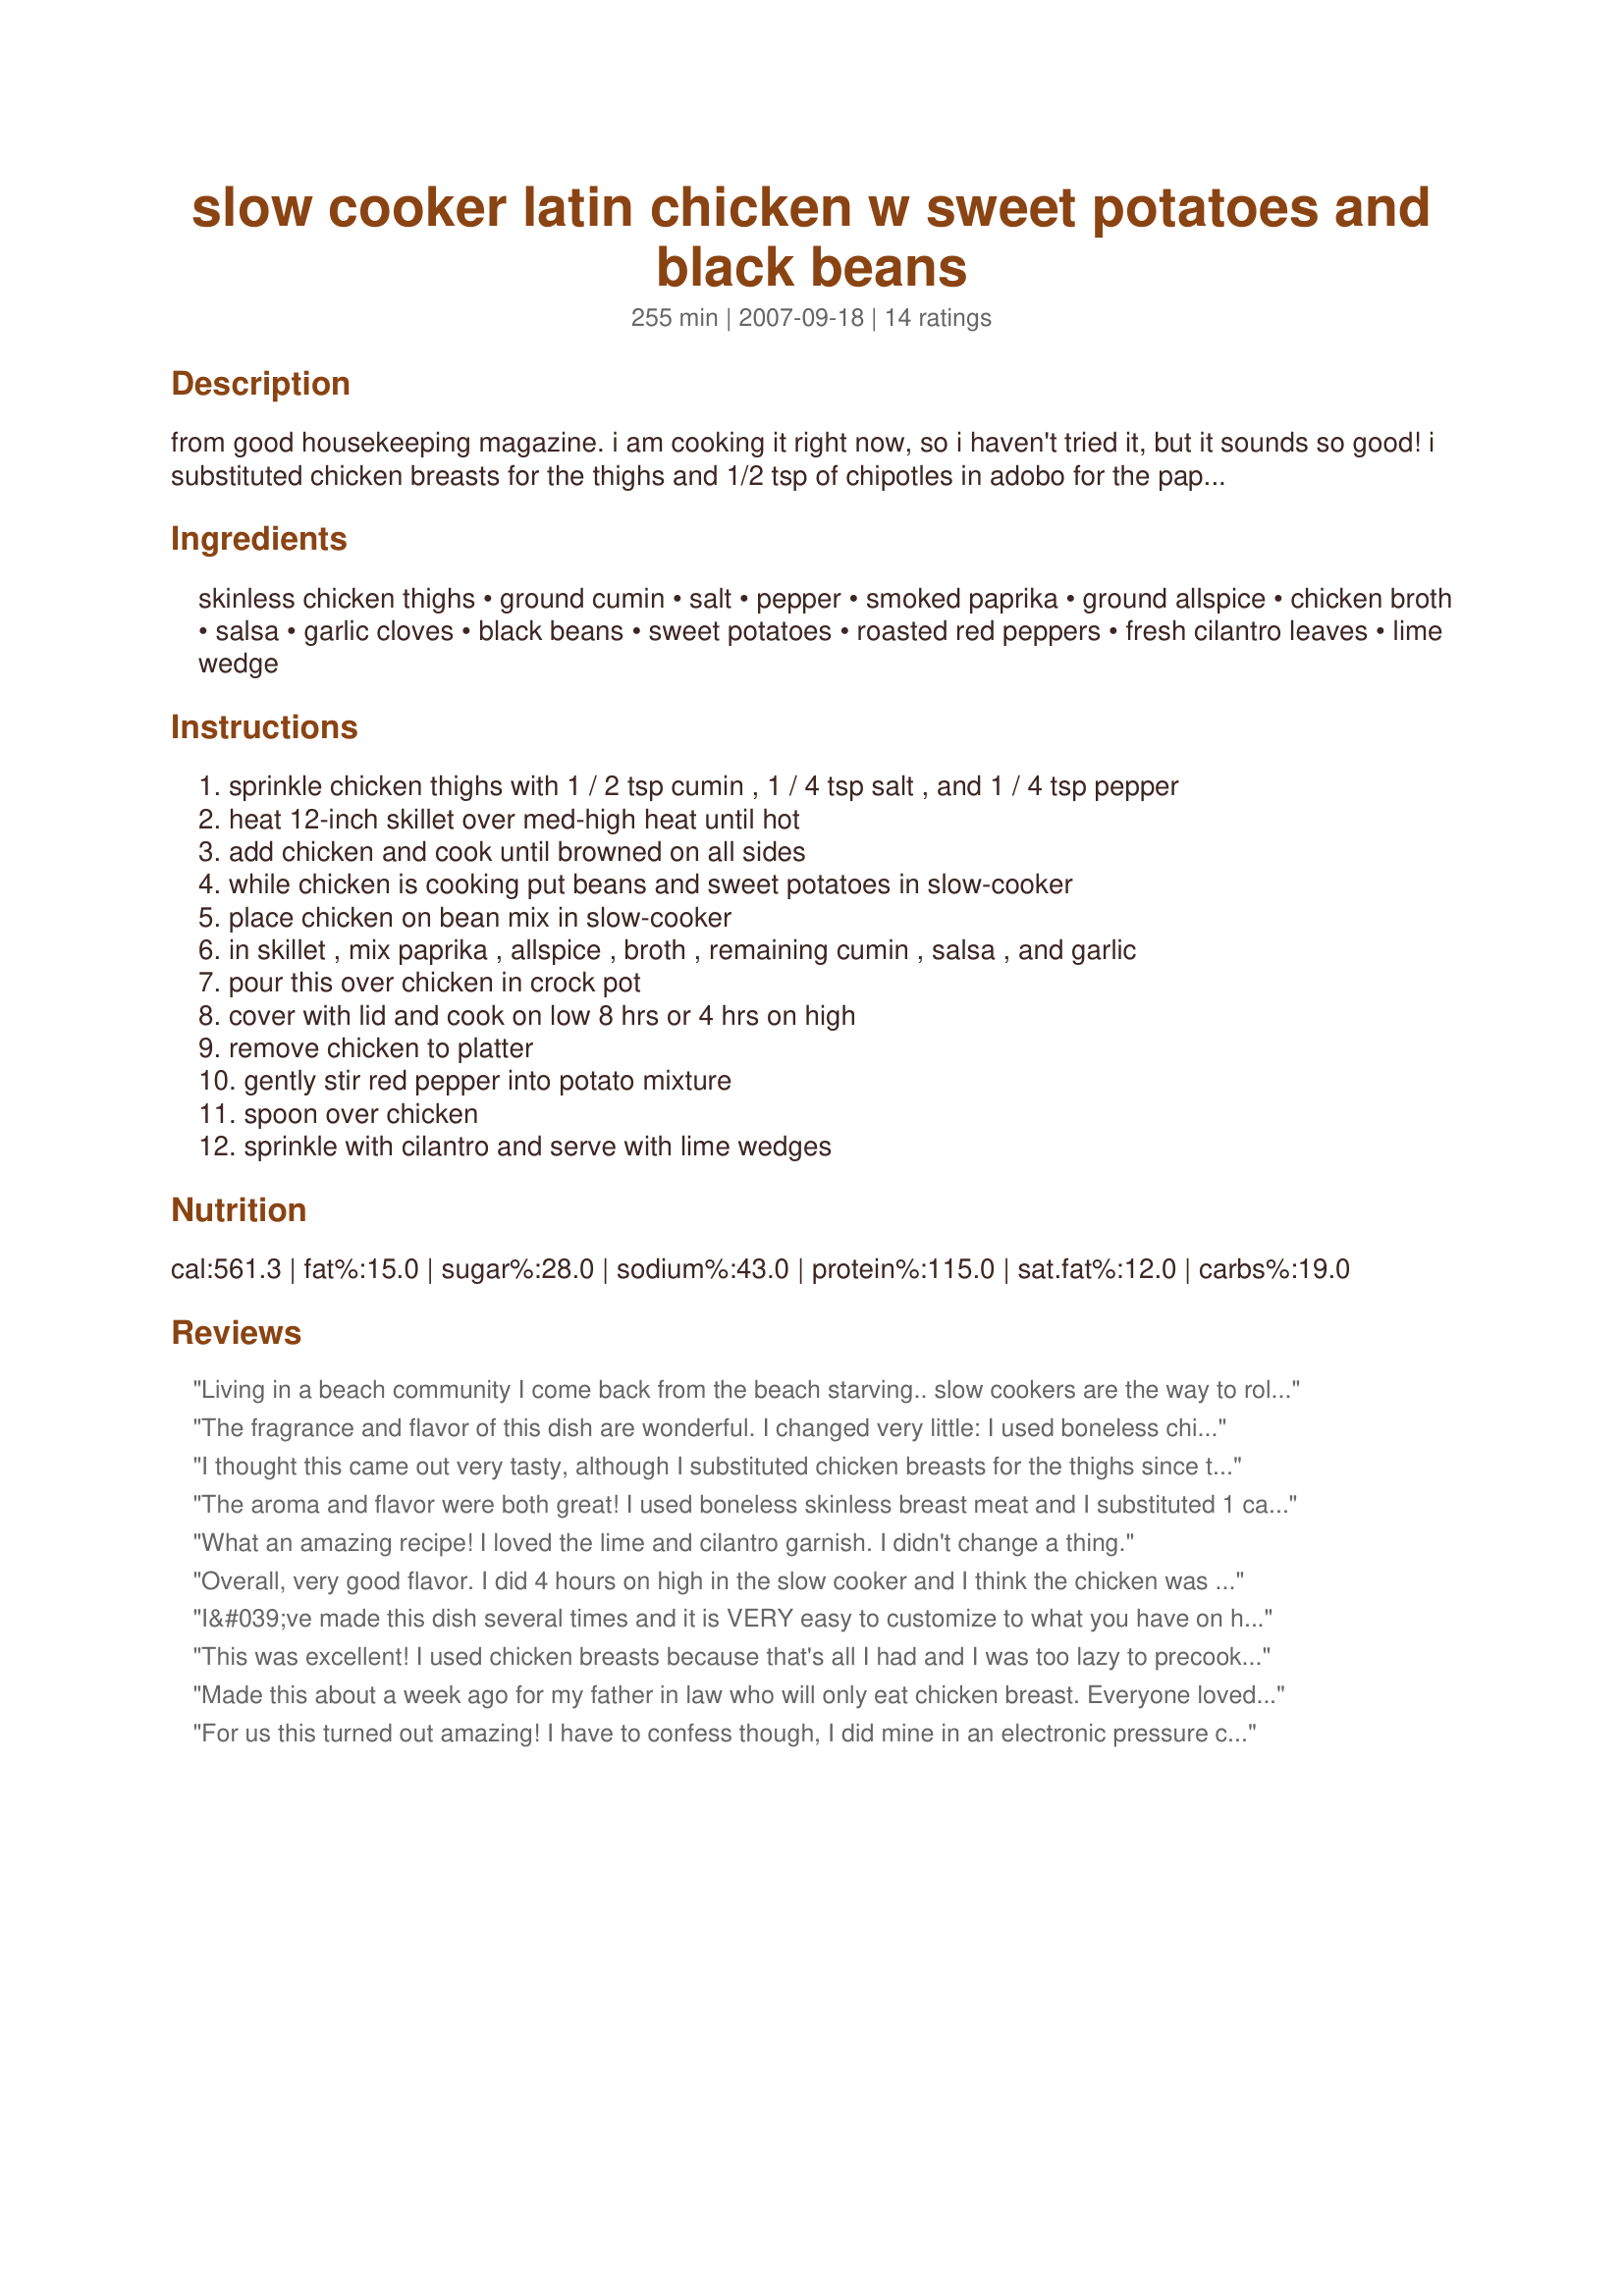
slow cooker latin chicken w sweet potatoes and black beans
Preparation time: 255 minutes

from good housekeeping magazine. i am cooking it right now, so i haven't tried it, but it sounds so good! i substituted chicken breasts for the thighs and 1/2 tsp of chipotles in adobo for the paprika.

Ingredients:
skinless chicken thighs, ground cumin, salt, pepper, smoked paprika, ground allspice, chicken broth, salsa, garlic cloves, black beans, sweet potatoes, roasted red peppers, fresh cilantro leaves, lime wedge

Steps:
sprinkle chicken thighs with 1 / 2 tsp cumin , 1 / 4 tsp salt , and 1 / 4 tsp pepper
heat 12-inch skillet over med-high heat until hot
add chicken and cook until browned on all sides
while chicken is cooking put beans and sweet potatoes in slow-cooker
place chicken on bean mix in slow-cooker
in skillet , mix paprika , allspice , broth , remaining cumin , salsa , and garlic
pour this over chicken in crock pot
cover with lid and cook on low 8 hrs or 4 hrs on high
remove chicken to platter
gently stir red pepper into potato mixture
spoon over chicken
sprinkle with cilantro and serve with lime wedges

Reviews:
Living in a beach community I come back from the beach starving.. slow cookers are the way to roll with a family........this was easy to prepare and the flavor was amazing!!! I recommend this anyone who loves great flavor and ease...
The fragrance and flavor of this dish are wonderful. I changed very little: I used boneless chicken thighs and used McCormick Smoky Sweet Pepper Seasoning Blend for the smoked paprika. I have cooked sweet potatoes in the crockpot before, so I cut the potatoes larger than bite-size, so they wouldn't go mushy. Everything was cooked tender in 4 hours on high. I'm thinking that next time, I'll simply stir in the whole 1/3 cup cilantro just before serving; and I might omit sweet potatoes altogether, add another can of black beans, and serve with rice, more salsa and hot sauce! As is, a very flavorful and enjoyable dish. Made for PAC Spring 2008. Thanks for posting, Chef Romie!
I thought this came out very tasty, although I substituted chicken breasts for the thighs since that' s what I had on hand, and I skipped the salsa. I thought the black beans and sweet potatoes paired really well together but not sure about the roasted red peppers; you could probably go without it and it would be just as good. The chicken was great, falling off the bone tender.
The aroma and flavor were both great! I used boneless skinless breast meat and I substituted 1 can of diced tomatoes in place of the salsa so my husband could eat it too. We both loved it! (I stirred in some salsa in my dish.) This recipe is a keeper for sure!
What an amazing recipe! I loved the lime and cilantro garnish. I didn't change a thing.
Overall, very good flavor. I did 4 hours on high in the slow cooker and I think the chicken was a bit overdone. I plan to start checking it at 3 hours or so next time.
I&#039;ve made this dish several times and it is VERY easy to customize to what you have on hand. &lt;br/&gt;&lt;br/&gt;The first time I made it exact to the recipe and I went back for seconds and thirds! &lt;br/&gt;&lt;br/&gt;I&#039;ve only made it one more time in the crockpot; I find it easier to make on the stovetop in a covered skillet. It&#039;s done in 30 minutes, depending on what kind of chicken you use. &lt;br/&gt;&lt;br/&gt;I prefer using bone-in for this recipe, but you can use anything. And white meat stays very tender because there is so much liquid that the chicken simmers in. &lt;br/&gt;&lt;br/&gt;I don&#039;t use the roasted red peppers anymore, and I&#039;ve omitted the lime and cilantro without losing much flavor. I think the cumin and allspice are really the flavors that pop in this dish. &lt;br/&gt;&lt;br/&gt;Also, I think the stovetop cooking method works better because the sweet potatoes and black beans don&#039;t get overcooked. I also usually reduce the black beans to a single can. I will sometimes use the lime &amp; cilantro flavored black beans so that I don&#039;t have to add the extra expense of adding the fresh cilantro &amp; lime to the dish.&lt;br/&gt;&lt;br/&gt;This is one of my go-to dishes, and I think it would be very to impress company because it is a little unusual.
This was excellent! I used chicken breasts because that's all I had and I was too lazy to precook..I just threw everything in the crockpot. The chicken was very tender and the flavor was delicious!! I will repeat and repeat this dish.
Made this about a week ago for my father in law who will only eat chicken breast. Everyone loved it, including the kids.
For us this turned out amazing! I have to confess though, I did mine in an electronic pressure cooker (15 min on chicken program). We're not big fans of cilantro (did 3 tsp dried with salsa mixture) but love cumin and the flavours came through & complimented wonderfully. This is a definite re-do and can't wait, thanks so much for sharing.
This was pretty good! I made it exactly as written, and it was a filling, tasty, healthy dinner--plus it smelled fantastic while it was cooking!
Have tried this with chicken and pork and think the pork is better. Made it on the stove top and added onions and a bit more stock so the sweet potatoes were just covered.
This was ok. Ii needed some "umph." I only used one can of black beans.
I've prepared this dish a couple of times. So yummy and hearty! Tonight I'm going to cook it over the stove... i'll post how it goes but i imagine it should be fine since chicken thighs and diced sweet potatoes cook pretty fast.
